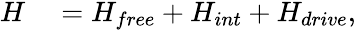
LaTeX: \begin{array}{rl}{H}&{{}=H_{free}+H_{int}+H_{drive},}\end{array}